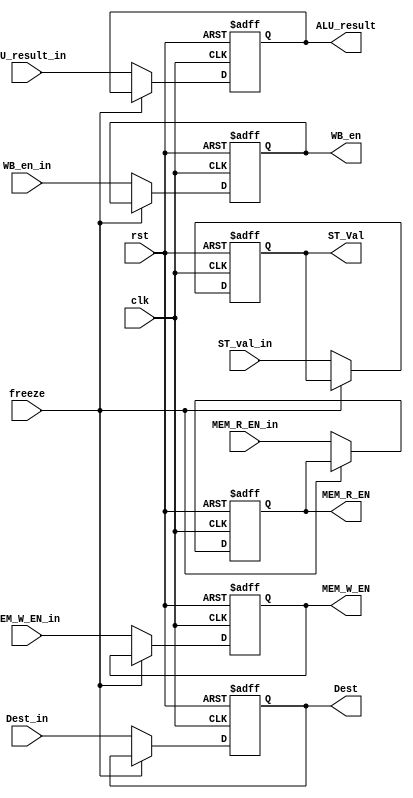
module EXE_Stage_reg
	(
		input clk,
		input rst,
		input WB_en_in,
		//MEM_Signals
		input MEM_R_EN_in,
		input MEM_W_EN_in,

		input [31:0] ALU_result_in,
		input [31:0] ST_val_in,
		input [4:0] Dest_in,

		input freeze,

		output reg WB_en,
		//MEM Signals
		output reg MEM_R_EN,
		output reg MEM_W_EN,
		output reg [31:0] ALU_result,
		output reg [31:0] ST_Val,
		output reg [4:0] Dest
	);

	always@(posedge clk or posedge rst)
	begin
		if(rst)
		begin
			WB_en <= 0;
			MEM_R_EN <= 0;
			MEM_W_EN <= 0;
			ALU_result <= 0;
			ST_Val <= 0;
			Dest <= 0;
		end
		else if(!freeze) begin
			WB_en <= WB_en_in;
			MEM_R_EN <= MEM_R_EN_in;
			MEM_W_EN <= MEM_W_EN_in;
			ALU_result <= ALU_result_in;
			ST_Val <= ST_val_in;
			Dest <= Dest_in;
		end
	end
endmodule